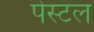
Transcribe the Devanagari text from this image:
पेस्‍टल